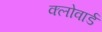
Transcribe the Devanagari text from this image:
क्लोवार्ड